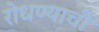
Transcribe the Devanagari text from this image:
रोधण्याची